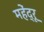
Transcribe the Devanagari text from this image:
महेंद्रू